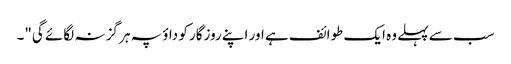
سب سے پہلے وہ ایک طوائف ہے اور اپنے روزگار کو داؤ پہ ہر گز نہ لگائے گی"۔